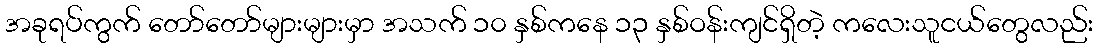
အခုရပ်ကွက် တော်တော်များများမှာ အသက် ၁၀ နှစ်ကနေ ၁၃ နှစ်ဝန်းကျင်ရှိတဲ့ ကလေးသူငယ်တွေလည်း